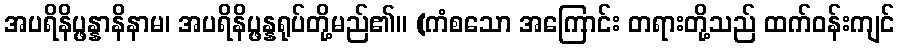
အပရိနိပ္ဖန္နာနိနာမ၊ အပရိနိပ္ဖန္နရုပ်တို့မည်၏။ (ကံစသော အကြောင်း တရားတို့သည် ထက်ဝန်းကျင်